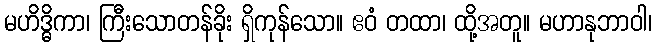
မဟိဒ္ဓိကာ၊ ကြီးသောတန်ခိုး ရှိကုန်သော။ ဧဝံ တထာ၊ ထို့အတူ။ မဟာနုဘာဝါ၊